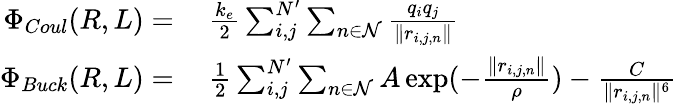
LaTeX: \begin{array}{rl}{\Phi_{Coul}(R,L)=}&{\ \frac{k_{e}}{2}\sum_{i,j}^{N^{\prime}}\sum_{n\in\mathcal{N}}\frac{q_{i}q_{j}}{\| r_{i,j,n}\| }}\\ {\Phi_{Buck}(R,L)=}&{\ \frac{1}{2}\sum_{i,j}^{N^{\prime}}\sum_{n\in\mathcal{N}}A\exp(-\frac{\| r_{i,j,n}\| }{\rho})-\frac{C}{\| r_{i,j,n}\| ^{6}}}\end{array}